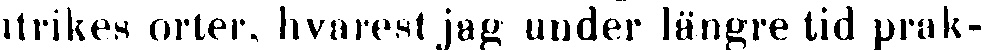
utrikes orter, hvarest jag under längre tid prak-